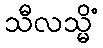
သီလသ္မိံ